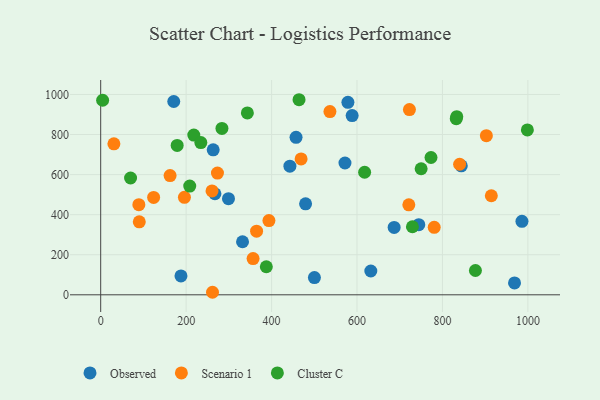
{"axis": {"x": "Investment", "y": "Profit"}, "legend": ["Cluster C", "Observed", "Scenario 1"], "data": [{"x": "187.9", "y": 94.1, "type": "Observed"}, {"x": "588.6", "y": 894.6, "type": "Observed"}, {"x": "332.0", "y": 264.7, "type": "Observed"}, {"x": "457.3", "y": 785.9, "type": "Observed"}, {"x": "744.6", "y": 349.8, "type": "Observed"}, {"x": "571.8", "y": 657.9, "type": "Observed"}, {"x": "500.3", "y": 85.9, "type": "Observed"}, {"x": "267.4", "y": 504.3, "type": "Observed"}, {"x": "442.9", "y": 641.9, "type": "Observed"}, {"x": "578.7", "y": 960.7, "type": "Observed"}, {"x": "171.0", "y": 964.8, "type": "Observed"}, {"x": "968.7", "y": 59.3, "type": "Observed"}, {"x": "299.1", "y": 480.0, "type": "Observed"}, {"x": "479.6", "y": 454.1, "type": "Observed"}, {"x": "686.9", "y": 336.3, "type": "Observed"}, {"x": "632.3", "y": 118.8, "type": "Observed"}, {"x": "844.1", "y": 643.8, "type": "Observed"}, {"x": "986.1", "y": 366.9, "type": "Observed"}, {"x": "263.3", "y": 723.7, "type": "Observed"}, {"x": "356.7", "y": 180.9, "type": "Scenario 1"}, {"x": "902.8", "y": 794.2, "type": "Scenario 1"}, {"x": "30.9", "y": 753.5, "type": "Scenario 1"}, {"x": "273.3", "y": 607.7, "type": "Scenario 1"}, {"x": "722.7", "y": 924.4, "type": "Scenario 1"}, {"x": "393.8", "y": 370.5, "type": "Scenario 1"}, {"x": "914.4", "y": 494.4, "type": "Scenario 1"}, {"x": "261.7", "y": 12.6, "type": "Scenario 1"}, {"x": "90.3", "y": 364.0, "type": "Scenario 1"}, {"x": "89.3", "y": 449.6, "type": "Scenario 1"}, {"x": "364.9", "y": 317.7, "type": "Scenario 1"}, {"x": "196.0", "y": 486.3, "type": "Scenario 1"}, {"x": "123.9", "y": 486.0, "type": "Scenario 1"}, {"x": "260.6", "y": 518.3, "type": "Scenario 1"}, {"x": "162.4", "y": 595.2, "type": "Scenario 1"}, {"x": "721.3", "y": 449.3, "type": "Scenario 1"}, {"x": "469.1", "y": 678.0, "type": "Scenario 1"}, {"x": "780.7", "y": 336.9, "type": "Scenario 1"}, {"x": "536.6", "y": 914.7, "type": "Scenario 1"}, {"x": "840.2", "y": 651.7, "type": "Scenario 1"}, {"x": "179.0", "y": 745.4, "type": "Cluster C"}, {"x": "832.3", "y": 879.1, "type": "Cluster C"}, {"x": "750.1", "y": 629.1, "type": "Cluster C"}, {"x": "4.5", "y": 971.1, "type": "Cluster C"}, {"x": "217.9", "y": 797.5, "type": "Cluster C"}, {"x": "464.3", "y": 973.7, "type": "Cluster C"}, {"x": "234.4", "y": 759.8, "type": "Cluster C"}, {"x": "283.8", "y": 830.3, "type": "Cluster C"}, {"x": "208.4", "y": 542.6, "type": "Cluster C"}, {"x": "729.7", "y": 339.7, "type": "Cluster C"}, {"x": "617.8", "y": 611.8, "type": "Cluster C"}, {"x": "877.2", "y": 121.4, "type": "Cluster C"}, {"x": "773.2", "y": 685.4, "type": "Cluster C"}, {"x": "69.9", "y": 582.9, "type": "Cluster C"}, {"x": "833.5", "y": 889.1, "type": "Cluster C"}, {"x": "387.7", "y": 140.0, "type": "Cluster C"}, {"x": "343.3", "y": 907.9, "type": "Cluster C"}, {"x": "998.8", "y": 822.9, "type": "Cluster C"}]}